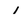
Character: 1